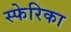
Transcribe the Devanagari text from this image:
स्फेरिका